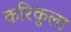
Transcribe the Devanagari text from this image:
करिकुला